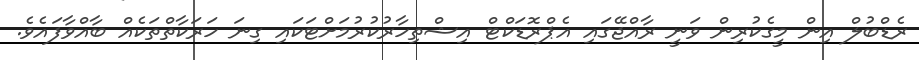
ރެޑްބުލް އިން މީގެކުރިން ވަނީ ރާއްޖޭގައި އެޕްރޮޑަކްޓް އިޝްތިހާރުކުރުމަށްޓަކައި ގިނަ ހަރަކާތްތަކެއް ބާއްވާފައެވެ.